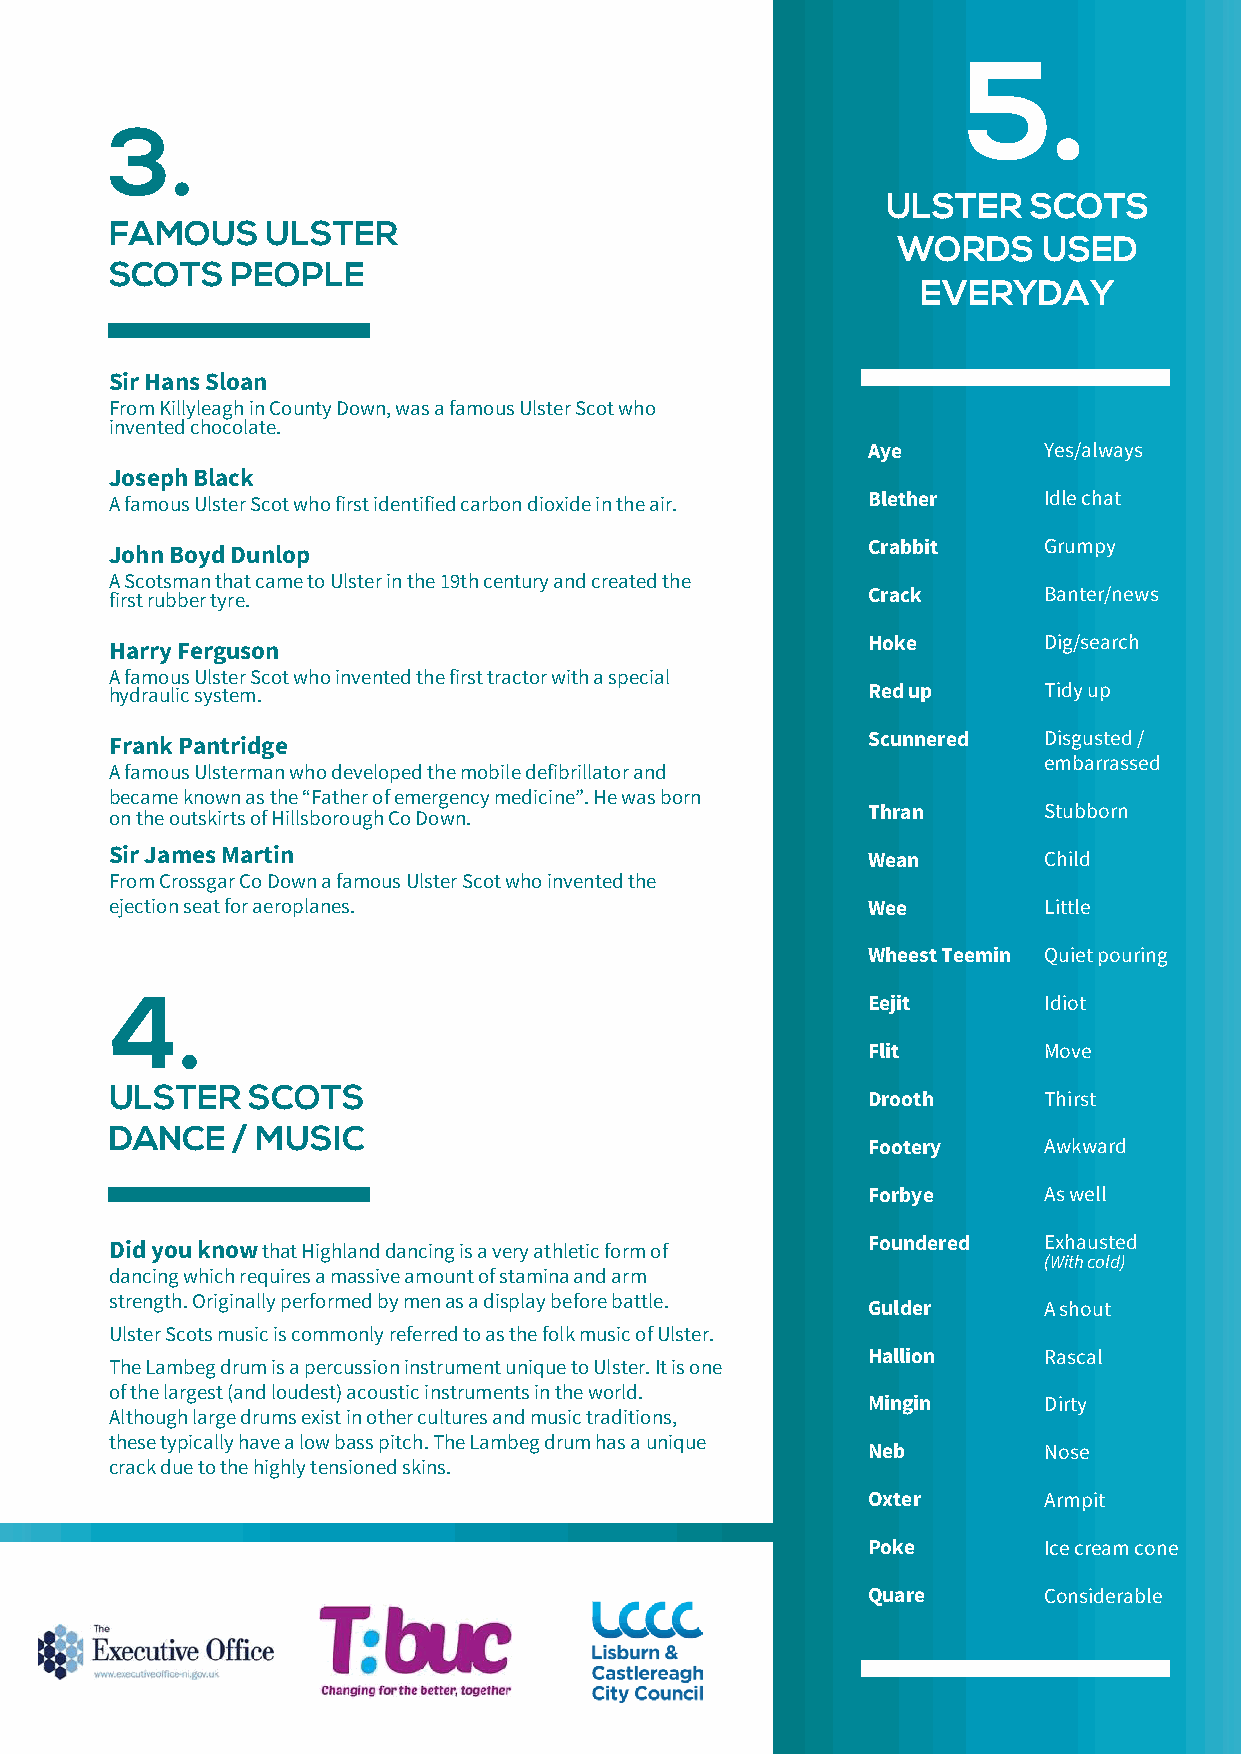
.
 5
 3.
 ULSTER   SCOTS
 FAMOUS     ULSTER
 WORDS     USED
 SCOTS   PEOPLE
 EVERYDAY
 Sir Hans Sloan
 From Killyleagh in County Down, was a famous Ulster Scot who
 invented chocolate.
 Aye         Yes/always
 Joseph Black
 A famous Ulster Scot who first identified carbon dioxide in the air. Blether Idle chat
 John Boyd Dunlop                                  Crabbit     Grumpy
 A Scotsman that came to Ulster in the 19th century and created the
 first rubber tyre.                                Crack       Banter/news
 Harry Ferguson                                    Hoke        Dig/search
 A famous Ulster Scot who invented the first tractor with a special
 hydraulic system.                                 Red up      Tidy up
 Frank Pantridge                                   Scunnered   Disgusted /
 embarrassed
 A famous Ulsterman who developed the mobile defibrillator and
 became known as the “Father of emergency medicine”. He was born
 Thran       Stubborn
 on the outskirts of Hillsborough Co Down.
 Sir James Martin                                  Wean        Child
 From Crossgar Co Down a famous Ulster Scot who invented the
 ejection seat for aeroplanes.                     Wee         Little
 Wheest Teemin Quiet pouring
 4.                                                Eejit       Idiot
 Flit        Move
 ULSTER   SCOTS                                    Drooth      Thirst
 DANCE   / MUSIC
 Footery     Awkward
 Forbye      As well
 Did you know that Highland dancing is a very athletic form of Foundered Exhausted
 (With cold)
 dancing which requires a massive amount of stamina and arm
 strength. Originally performed by men as a display before battle.
 Gulder      A shout
 Ulster Scots music is commonly referred to as the folk music of Ulster.
 Hallion     Rascal
 The Lambeg drum is a percussion instrument unique to Ulster. It is one
 of the largest (and loudest) acoustic instruments in the world.
 Mingin      Dirty
 Although large drums exist in other cultures and music traditions,
 these typically have a low bass pitch. The Lambeg drum has a unique
 Neb         Nose
 crack due to the highly tensioned skins.
 Oxter       Armpit
 Poke        Ice cream cone
 Quare       Considerable